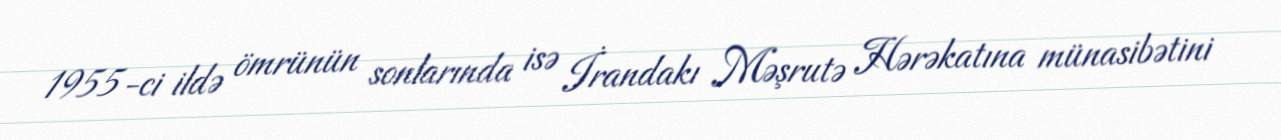
1955-ci ildə ömrünün sonlarında isə İrandakı Məşrutə Hərəkatına münasibətini